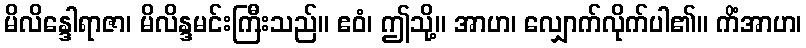
မိလိန္ဒေါရာဇာ၊ မိလိန္ဒမင်းကြီးသည်။ ဧဝံ၊ ဤသို့။ အာဟ၊ လျှောက်လိုက်ပါ၏။ ကိံအာဟ၊